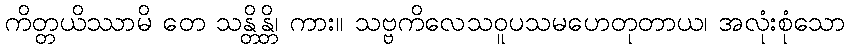
ကိတ္တယိဿာမိ တေ သန္တိန္တိ၊ ကား။ သဗ္ဗကိလေသဝူပသမဟေတုတာယ၊ အလုံးစုံသော